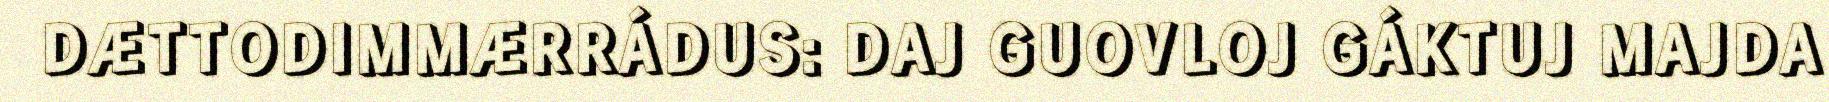
DÆTTODIMMÆRRÁDUS: DAJ GUOVLOJ GÁKTUJ MAJDA